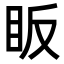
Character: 眅